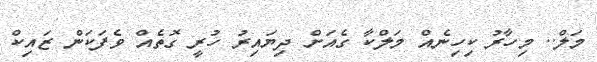
މަލް.. މިހާރު ކިހިނެއް މަލްކާ ގެއަށް ދިޔައިރު ހުރީ ގޮތެއް ވެފަކަން ޒައިކް